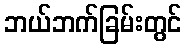
ဘယ်ဘက်ခြမ်းတွင်